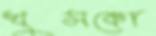
খুসকো